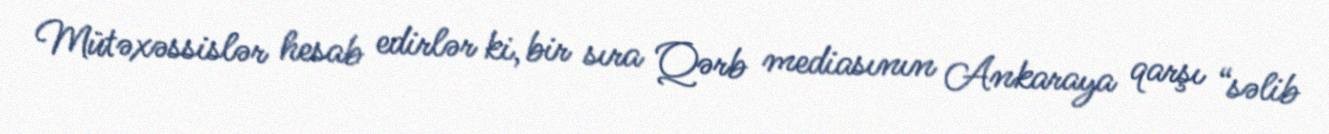
Mütəxəssislər hesab edirlər ki, bir sıra Qərb mediasının Ankaraya qarşı “səlib